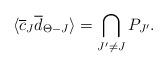
LaTeX: \begin{align*} \langle \overline{c}_J \overline{d}_{\Theta - J} \rangle = \bigcap_{J' \neq J} P_{J'}.\end{align*}